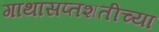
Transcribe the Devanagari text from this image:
गाथासप्तशतीच्या